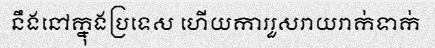
នឹងនៅក្នុងប្រទេស ហើយការរួសរាយរាក់ទាក់